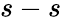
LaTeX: s-s